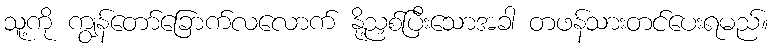
သူ့ကို ကျွန်တော်ခြောက်လလောက် နို့ညှစ်ပြီးသောအခါ တဖန်သားတင်ပေးရမည်။